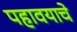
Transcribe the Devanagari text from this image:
पहावयाचे